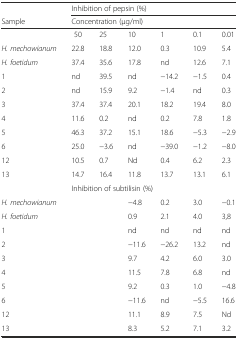
<table><thead><tr><td></td><td colspan="6"><b>Inhibition of pepsin (%)</b></td></tr><tr><td><b>Sample</b></td><td colspan="6"><b>Concentration (μg/ml)</b></td></tr></thead><tbody><tr><td></td><td>50</td><td>25</td><td>10</td><td>1</td><td>0.1</td><td>0.01</td></tr><tr><td><i>H. mechowianum</i></td><td>22.8</td><td>18.8</td><td>12.0</td><td>0.3</td><td>10.9</td><td>5.4</td></tr><tr><td><i>H. foetidum</i></td><td>37.4</td><td>35.6</td><td>17.8</td><td>nd</td><td>12.6</td><td>7.1</td></tr><tr><td>1</td><td>nd</td><td>39.5</td><td>nd</td><td>−14.2</td><td>−1.5</td><td>0.4</td></tr><tr><td>2</td><td>nd</td><td>15.9</td><td>9.2</td><td>−1.4</td><td>nd</td><td>0.3</td></tr><tr><td>3</td><td>37.4</td><td>37.4</td><td>20.1</td><td>18.2</td><td>19.4</td><td>8.0</td></tr><tr><td>4</td><td>11.6</td><td>0.2</td><td>nd</td><td>0.2</td><td>7.8</td><td>1.8</td></tr><tr><td>5</td><td>46.3</td><td>37.2</td><td>15.1</td><td>18.6</td><td>−5.3</td><td>−2.9</td></tr><tr><td>6</td><td>25.0</td><td>−3.6</td><td>nd</td><td>−39.0</td><td>−1.2</td><td>−8.0</td></tr><tr><td>12</td><td>10.5</td><td>0.7</td><td>Nd</td><td>0.4</td><td>6.2</td><td>2.3</td></tr><tr><td>13</td><td>14.7</td><td>16.4</td><td>11.8</td><td>13.7</td><td>13.1</td><td>6.1</td></tr><tr><td></td><td colspan="6">Inhibition of subtilisin (%)</td></tr><tr><td><i>H. mechowianum</i></td><td></td><td></td><td>−4.8</td><td>0.2</td><td>3.0</td><td>−0.1</td></tr><tr><td><i>H. foetidum</i></td><td></td><td></td><td>0.9</td><td>2.1</td><td>4.0</td><td>3,8</td></tr><tr><td>1</td><td></td><td></td><td>nd</td><td>nd</td><td>nd</td><td>nd</td></tr><tr><td>2</td><td></td><td></td><td>−11.6</td><td>−26.2</td><td>13.2</td><td>nd</td></tr><tr><td>3</td><td></td><td></td><td>9.7</td><td>4.2</td><td>6.0</td><td>3.0</td></tr><tr><td>4</td><td></td><td></td><td>11.5</td><td>7.8</td><td>6.8</td><td>nd</td></tr><tr><td>5</td><td></td><td></td><td>9.2</td><td>0.3</td><td>1.0</td><td>−4.8</td></tr><tr><td>6</td><td></td><td></td><td>−11.6</td><td>nd</td><td>−5.5</td><td>16.6</td></tr><tr><td>12</td><td></td><td></td><td>11.1</td><td>8.9</td><td>7.5</td><td>Nd</td></tr><tr><td>13</td><td></td><td></td><td>8.3</td><td>5.2</td><td>7.1</td><td>3.2</td></tr></tbody></table>